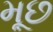
મૂછ